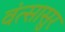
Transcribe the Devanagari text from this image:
वंत्सासुर